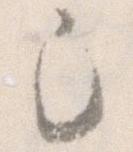
已